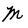
Character: M